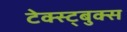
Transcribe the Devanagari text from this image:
टेक्स्ट्बुक्स